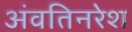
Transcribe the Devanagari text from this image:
अंवतिनरेश